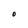
Character: O